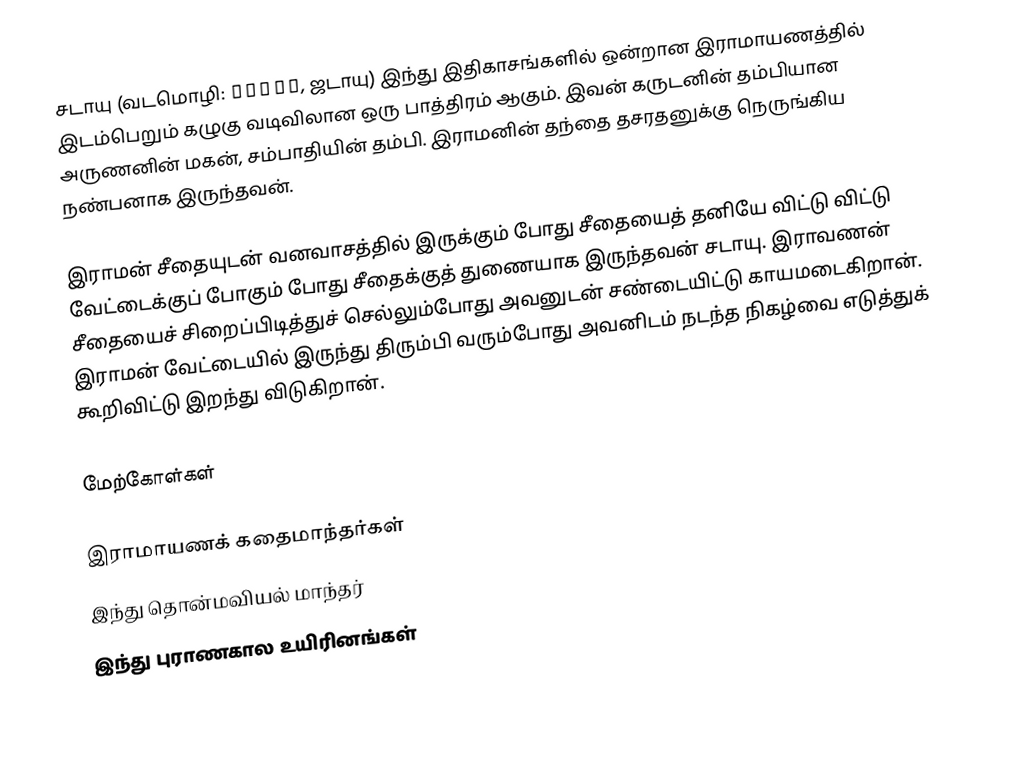
சடாயு (வடமொழி: जटायू, ஜடாயு) இந்து இதிகாசங்களில் ஒன்றான இராமாயணத்தில் இடம்பெறும் கழுகு வடிவிலான ஒரு பாத்திரம் ஆகும். இவன் கருடனின் தம்பியான அருணனின் மகன், சம்பாதியின் தம்பி. இராமனின் தந்தை தசரதனுக்கு நெருங்கிய நண்பனாக இருந்தவன்.

இராமன் சீதையுடன் வனவாசத்தில் இருக்கும் போது சீதையைத் தனியே விட்டு விட்டு வேட்டைக்குப் போகும் போது சீதைக்குத் துணையாக இருந்தவன் சடாயு. இராவணன் சீதையைச் சிறைப்பிடித்துச் செல்லும்போது அவனுடன் சண்டையிட்டு காயமடைகிறான். இராமன் வேட்டையில் இருந்து திரும்பி வரும்போது அவனிடம் நடந்த நிகழ்வை எடுத்துக் கூறிவிட்டு இறந்து விடுகிறான்.

மேற்கோள்கள்

இராமாயணக் கதைமாந்தர்கள்
இந்து தொன்மவியல் மாந்தர்
இந்து புராணகால உயிரினங்கள்